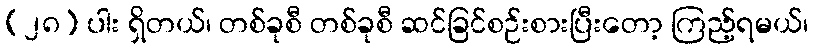
(၂၈) ပါး ရှိတယ်၊ တစ်ခုစီ တစ်ခုစီ ဆင်ခြင်စဉ်းစားပြီးတော့ ကြည့်ရမယ်၊